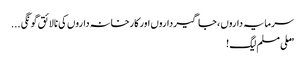
سرمایہ داروں ، جاگیرداروں اور کارخانہ داروں کی نالائق گونگی ...
”ملی مسلم لیگ !